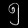
Digit: ၅